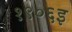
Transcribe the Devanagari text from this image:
१९०६इ